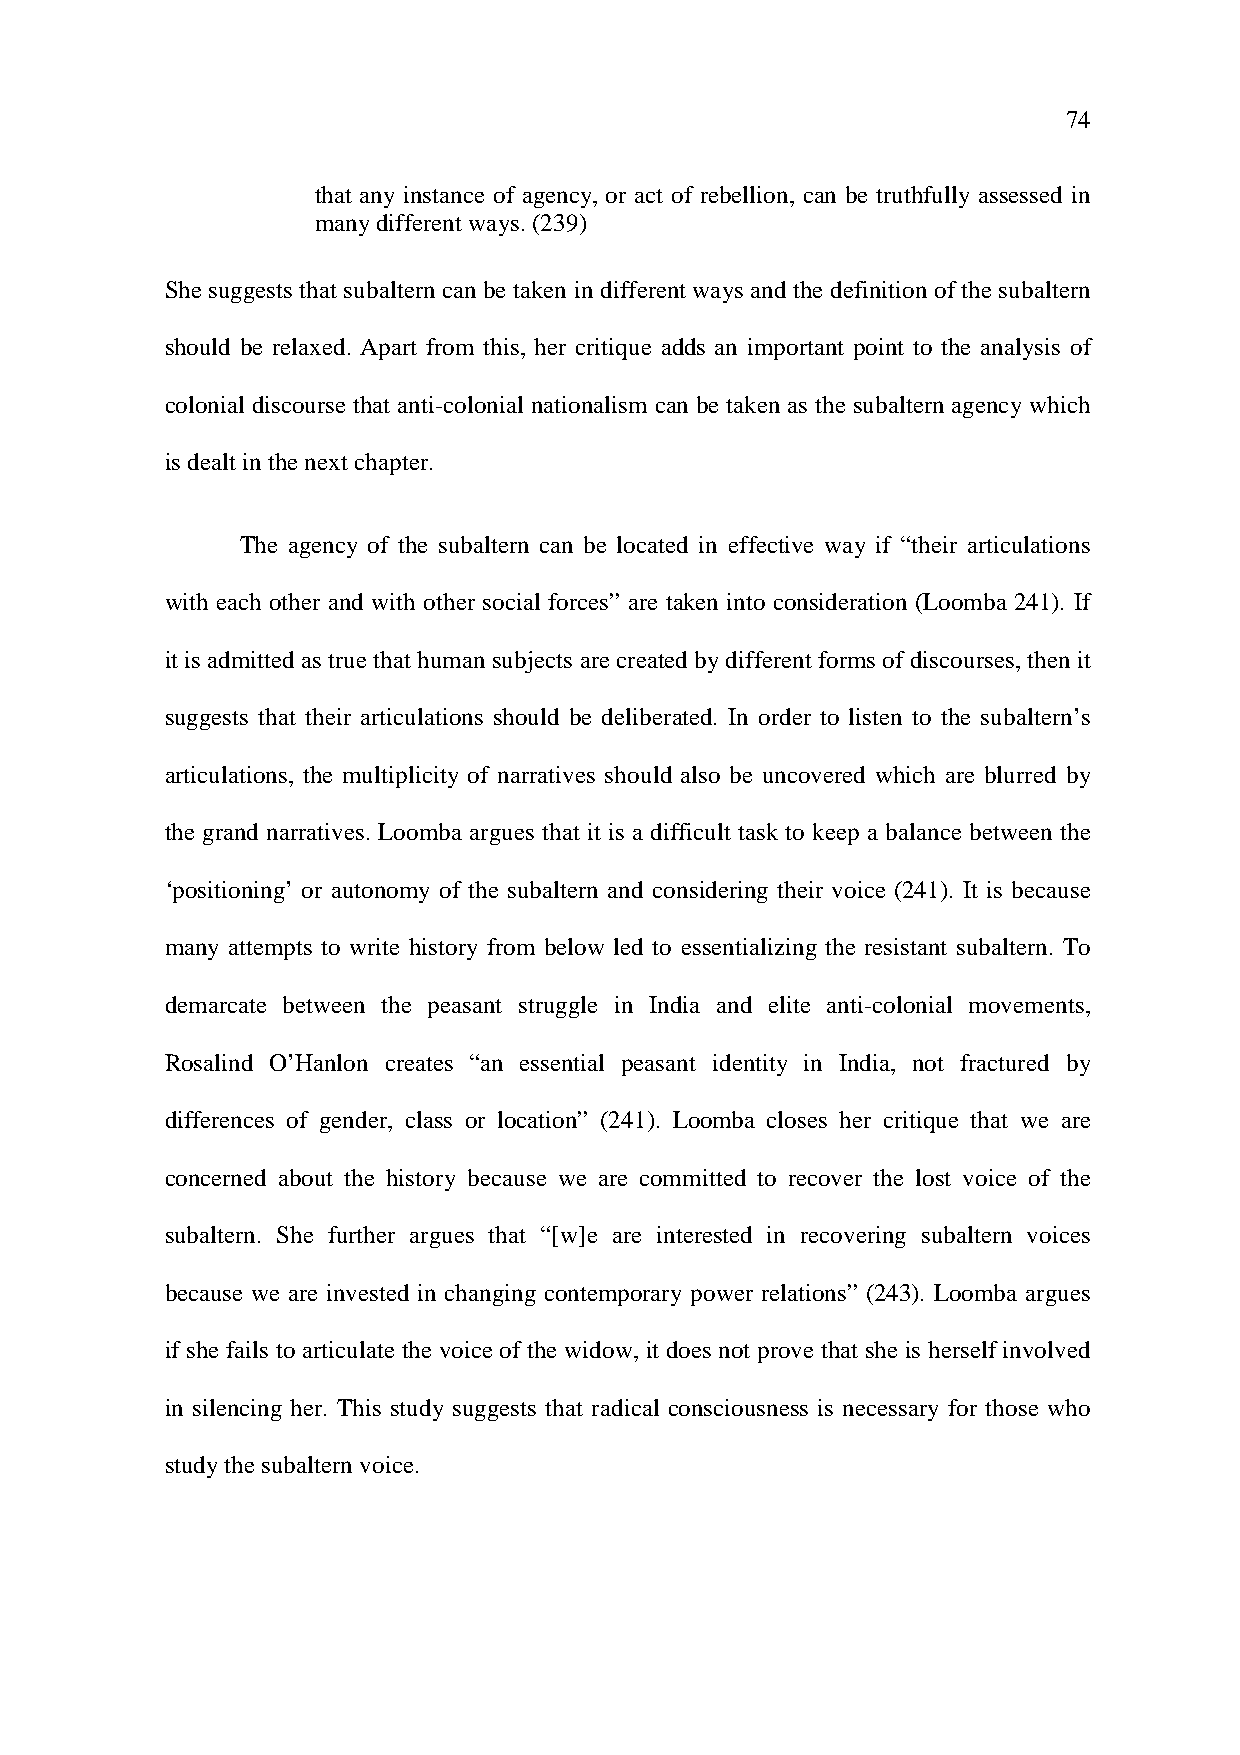
74
 that any instance of agency, or act of rebellion, can be truthfully assessed in
 many different ways. (239)
 She suggests that subaltern can be taken in different ways and the definition of the subaltern
 should be relaxed. Apart from this, her critique adds an important point to the analysis of
 colonial discourse that anti-colonial nationalism can be taken as the subaltern agency which
 is dealt in the next chapter.
 The agency of the subaltern can be located in effective way if “their articulations
 with each other and with other social forces” are taken into consideration (Loomba 241). If
 it is admitted as true that human subjects are created by different forms of discourses, then it
 suggests that their articulations should be deliberated. In order to listen to the subaltern’s
 articulations, the multiplicity of narratives should also be uncovered which are blurred by
 the grand narratives. Loomba argues that it is a difficult task to keep a balance between the
 ‘positioning’ or autonomy of the subaltern and considering their voice (241). It is because
 many attempts to write history from below led to essentializing the resistant subaltern. To
 demarcate between the peasant struggle in India and elite anti-colonial movements,
 Rosalind O’Hanlon creates “an essential peasant identity in India, not fractured by
 differences of gender, class or location” (241). Loomba closes her critique that we are
 concerned about the history because we are committed to recover the lost voice of the
 subaltern. She further argues that “[w]e are interested in recovering subaltern voices
 because we are invested in changing contemporary power relations” (243). Loomba argues
 if she fails to articulate the voice of the widow, it does not prove that she is herself involved
 in silencing her. This study suggests that radical consciousness is necessary for those who
 study the subaltern voice.